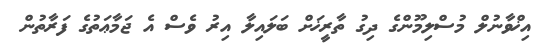
އިޚްވާނުލް މުސްލިމޫންގެ ދިގު ތާރީޚަށް ބަލައިލާ އިރު ވެސް އެ ޖަމާޢަތުގެ ފަރާތުން